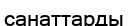
санаттарды